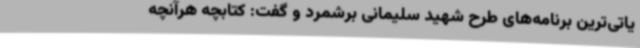
یاتی‌ترین برنامه‌های طرح شهید سلیمانی برشمرد و گفت: کتابچه هرآنچه